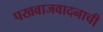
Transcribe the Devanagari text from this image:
पखवाजवादनाची